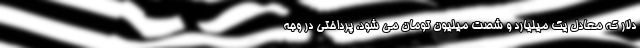
دلار که معادل یک میلیارد و شصت میلیون تومان می شود، پرداختی در وجه